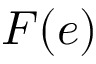
F ( e )